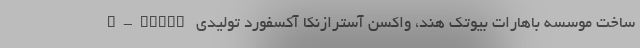
ساخت موسسه باهارات بیوتک هند، واکسن آسترازنکا آکسفورد تولیدی R-pharm